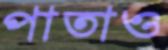
পাতাও